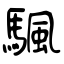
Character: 颿